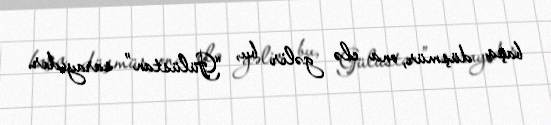
başa düşmür, ona elə gəlir bu, “Gülüstan” sarayıdır.